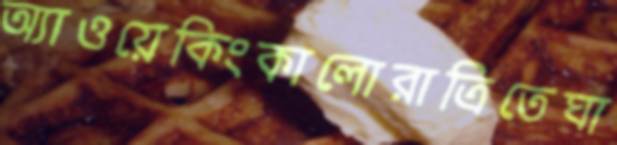
অ্যাওয়েকিংকালোরাত্রিতেঘা